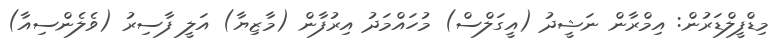
މިޑްފީލްޑަރުން: އިމްރާން ނަޝީދު (އީގަލްސް) މުހައްމަދު އިރުފާން (މާޒިޔާ) އަލީ ފާސިރު (ވެލެންސިއާ)